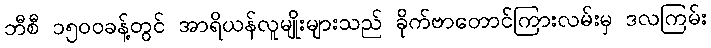
ဘီစီ ၁၅၀၀ခန့်တွင် အာရိယန်လူမျိုးများသည် ခိုက်ဗာတောင်ကြားလမ်းမှ ဒလကြမ်း